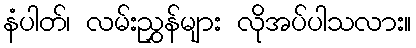
နံပါတ်၊ လမ်းညွှန်များ လိုအပ်ပါသလား။